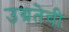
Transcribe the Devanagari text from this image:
उग्रतेची